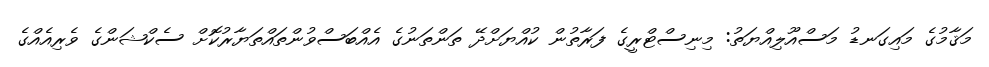
މަޤާމުގެ މައިގަނޑު މަސްއޫލިއްޔަތު: މިނިސްޓްރީގެ ފަރާތުން ކުއްޔަށްދޭ ތަންތަނުގެ އެއްބަސްވުންތައްތަޔާރުކޮށް ސެކްޝަންގެ ވެރިއެއްގެ